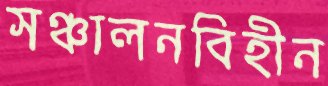
সঞ্চালনবিহীন